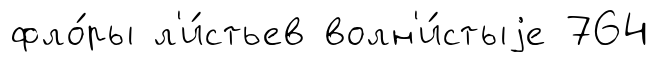
фло́ры л'и́стьев волн'и́стыjе 764